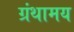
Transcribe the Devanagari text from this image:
ग्रंथामय